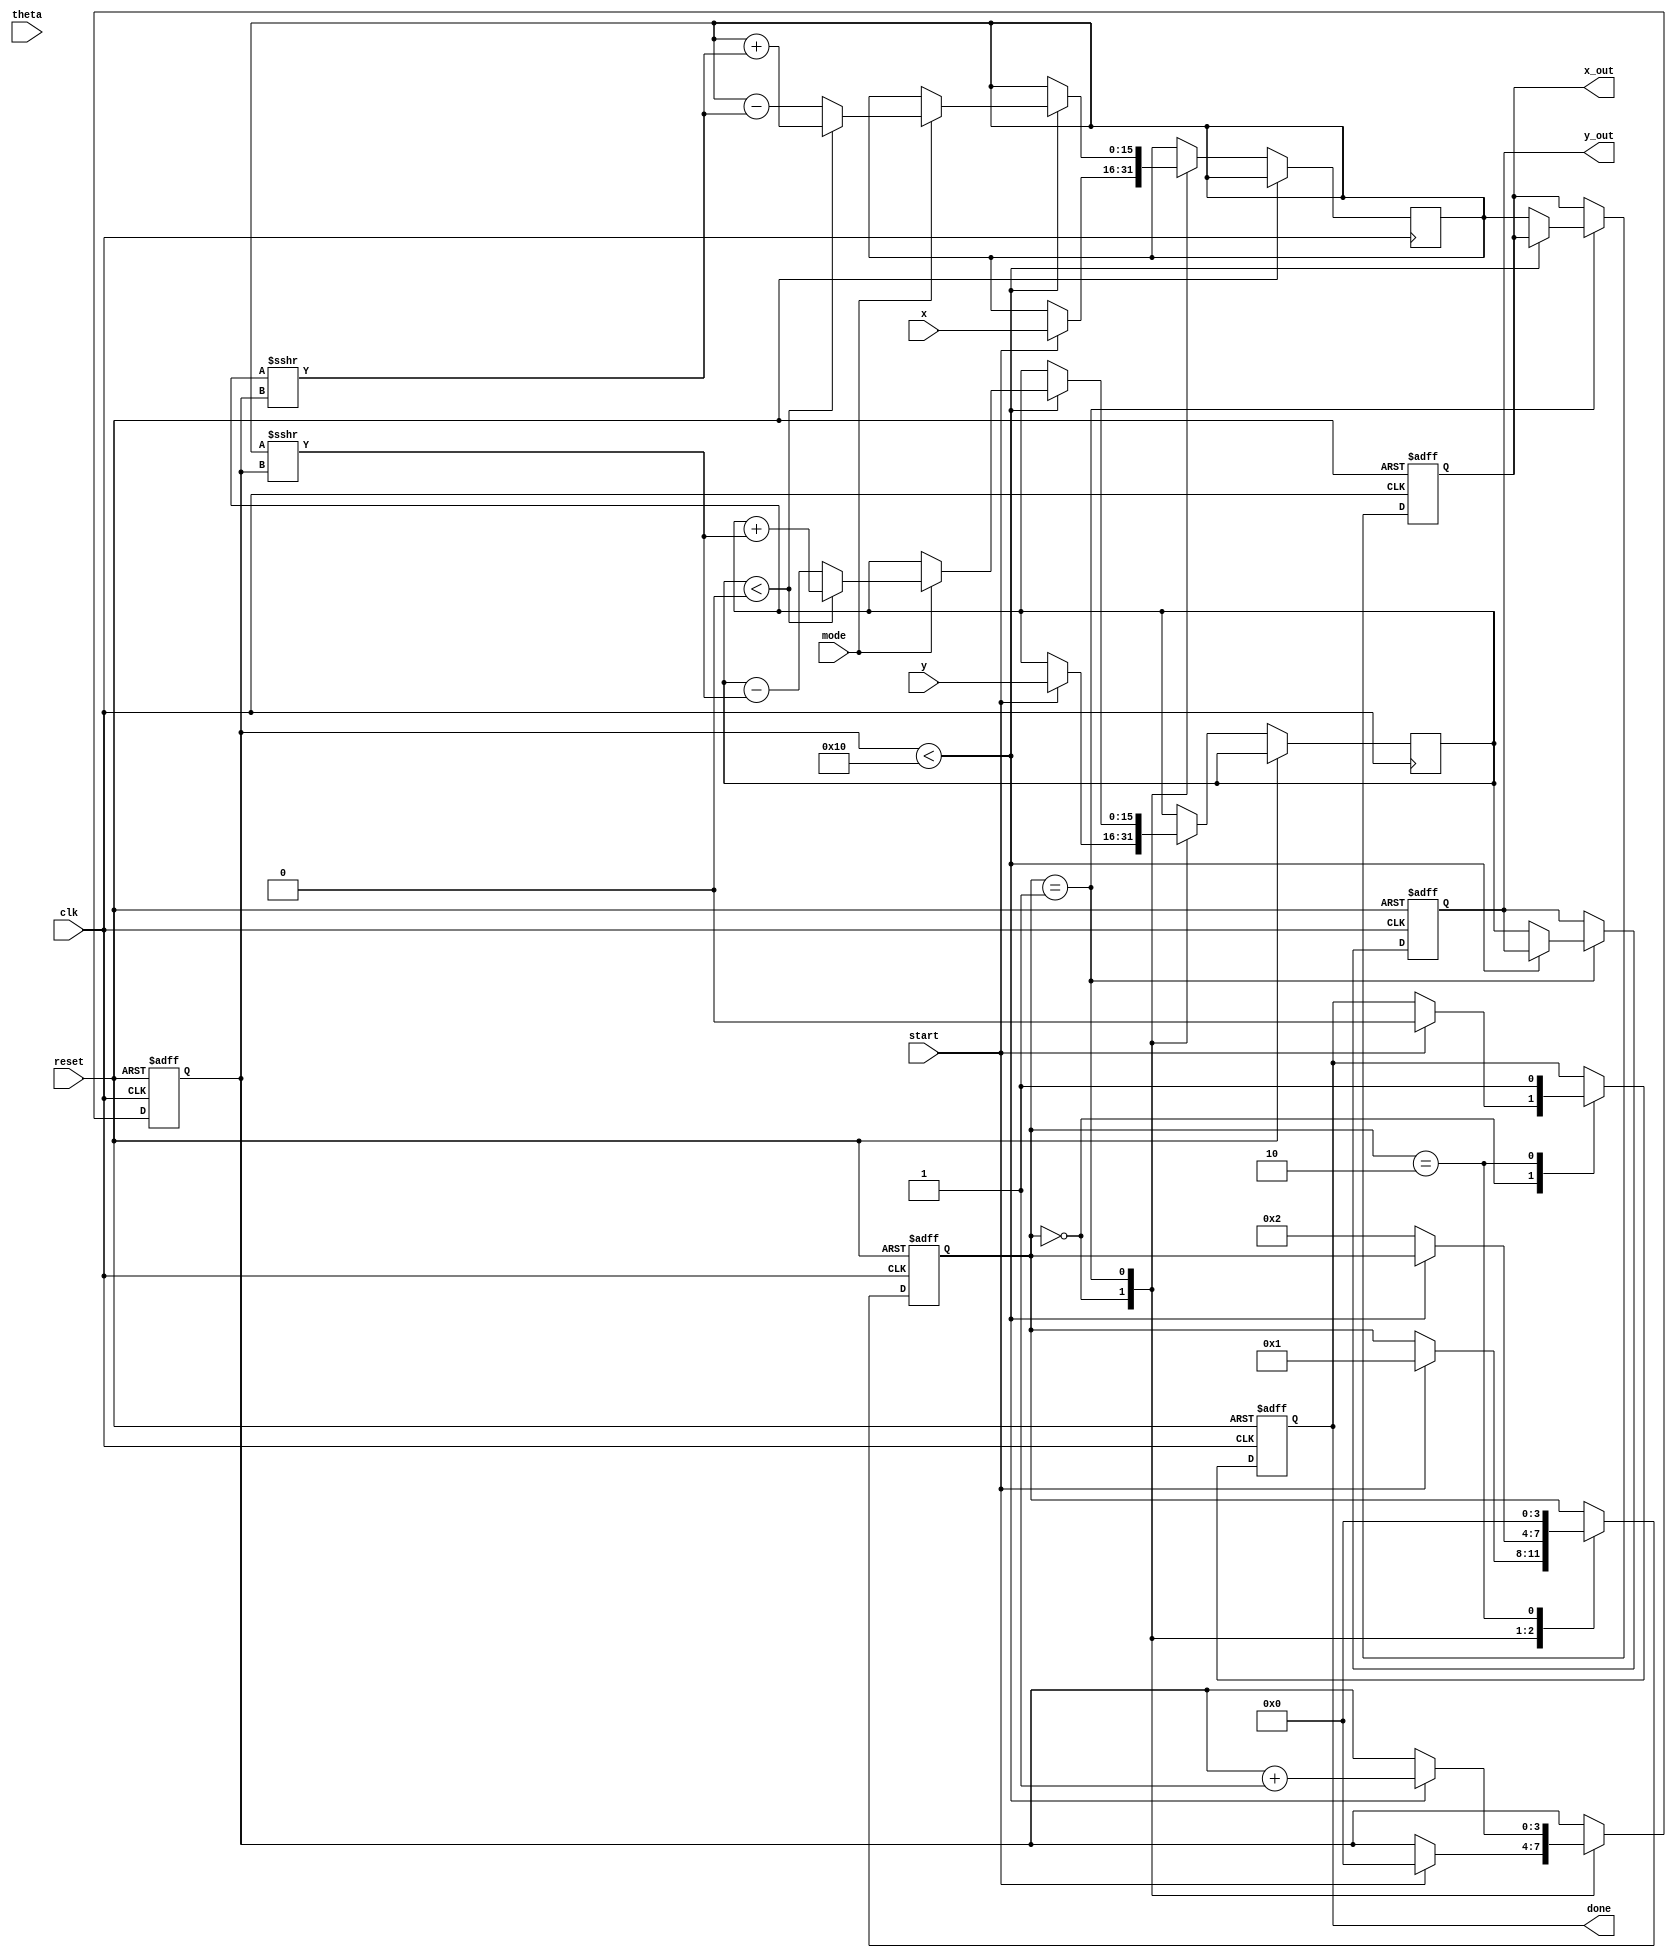
module hyperbolic_cordic (
    input wire signed [15:0] x,        // Initial x-coordinate
    input wire signed [15:0] y,        // Initial y-coordinate
    input wire signed [15:0] theta,     // Angle in radians
    input wire mode,                    // Mode: 0 for circular, 1 for hyperbolic
    input wire start,                   // Start signal
    input wire clk,                     // Clock signal
    input wire reset,                   // Reset signal
    output reg signed [15:0] x_out,     // Output for hyperbolic cosine
    output reg signed [15:0] y_out,     // Output for hyperbolic sine
    output reg done                     // Done signal
);

    // Parameters
    parameter NUM_ITERATIONS = 16;     // Number of iterations for CORDIC
    parameter FIXED_POINT_SCALE = 16;  // Scaling factor for fixed-point representation

    // Internal signals
    reg signed [15:0] x_reg, y_reg;    // Registers for x and y
    reg signed [15:0] theta_reg;        // Register for theta
    reg [3:0] state;                    // State variable
    reg [3:0] iteration;                // Iteration counter

    // Angle lookup table for hyperbolic functions
    reg signed [15:0] atan_table [0:NUM_ITERATIONS-1];

    // Initialize the angle lookup table
    initial begin
        // Populate the atan_table with pre-computed values for hyperbolic functions
        // These values should be calculated based on the hyperbolic CORDIC algorithm
        atan_table[0] = 16'h4000; // atan(1) = 45 degrees in fixed-point
        atan_table[1] = 16'h2000; // atan(0.5)
        // ... Fill in the rest of the table
    end

    // State machine
    localparam IDLE = 0, COMPUTE = 1, DONE_STATE = 2;

    // Sequential logic for state transitions
    always @(posedge clk or posedge reset) begin
        if (reset) begin
            state <= IDLE;
            done <= 0;
            iteration <= 0;
            x_out <= 0;
            y_out <= 0;
        end else begin
            case (state)
                IDLE: begin
                    if (start) begin
                        x_reg <= x;
                        y_reg <= y;
                        theta_reg <= theta;
                        iteration <= 0;
                        state <= COMPUTE;
                        done <= 0;
                    end
                end

                COMPUTE: begin
                    if (iteration < NUM_ITERATIONS) begin
                        // CORDIC rotation logic
                        if (mode) begin // Hyperbolic mode
                            if (y_reg < 0) begin
                                x_reg <= x_reg + (y_reg >>> iteration);
                                y_reg <= y_reg + (x_reg >>> iteration);
                            end else begin
                                x_reg <= x_reg - (y_reg >>> iteration);
                                y_reg <= y_reg - (x_reg >>> iteration);
                            end
                        end else begin // Circular mode
                            // Implement circular CORDIC logic if needed
                        end
                        iteration <= iteration + 1;
                    end else begin
                        x_out <= x_reg;
                        y_out <= y_reg;
                        state <= DONE_STATE;
                    end
                end

                DONE_STATE: begin
                    done <= 1;
                    state <= IDLE; // Return to IDLE after done
                end
            endcase
        end
    end

endmodule